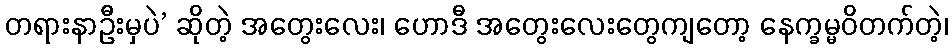
တရားနာဦးမှပဲ’ ဆိုတဲ့ အတွေးလေး၊ ဟောဒီ အတွေးလေးတွေကျတော့ နေက္ခမ္မဝိတက်တဲ့၊